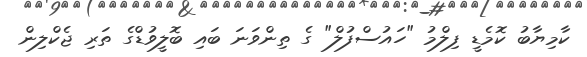
ކާމިޔާބު ކޮމެޑީ ފިލްމު "ހައުސްފުލް" ގެ ތިންވަނަ ބައި ބޮލީވުޑްގެ ތަރި ޖެކްލިން